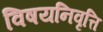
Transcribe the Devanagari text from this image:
विषयनिवृत्ति